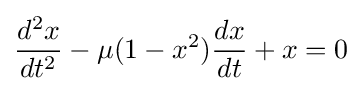
{d^{2}x \over dt^{2}}-\mu (1-x^{2}){dx \over dt}+x=0